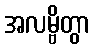
အလမ္ဗိတွာ